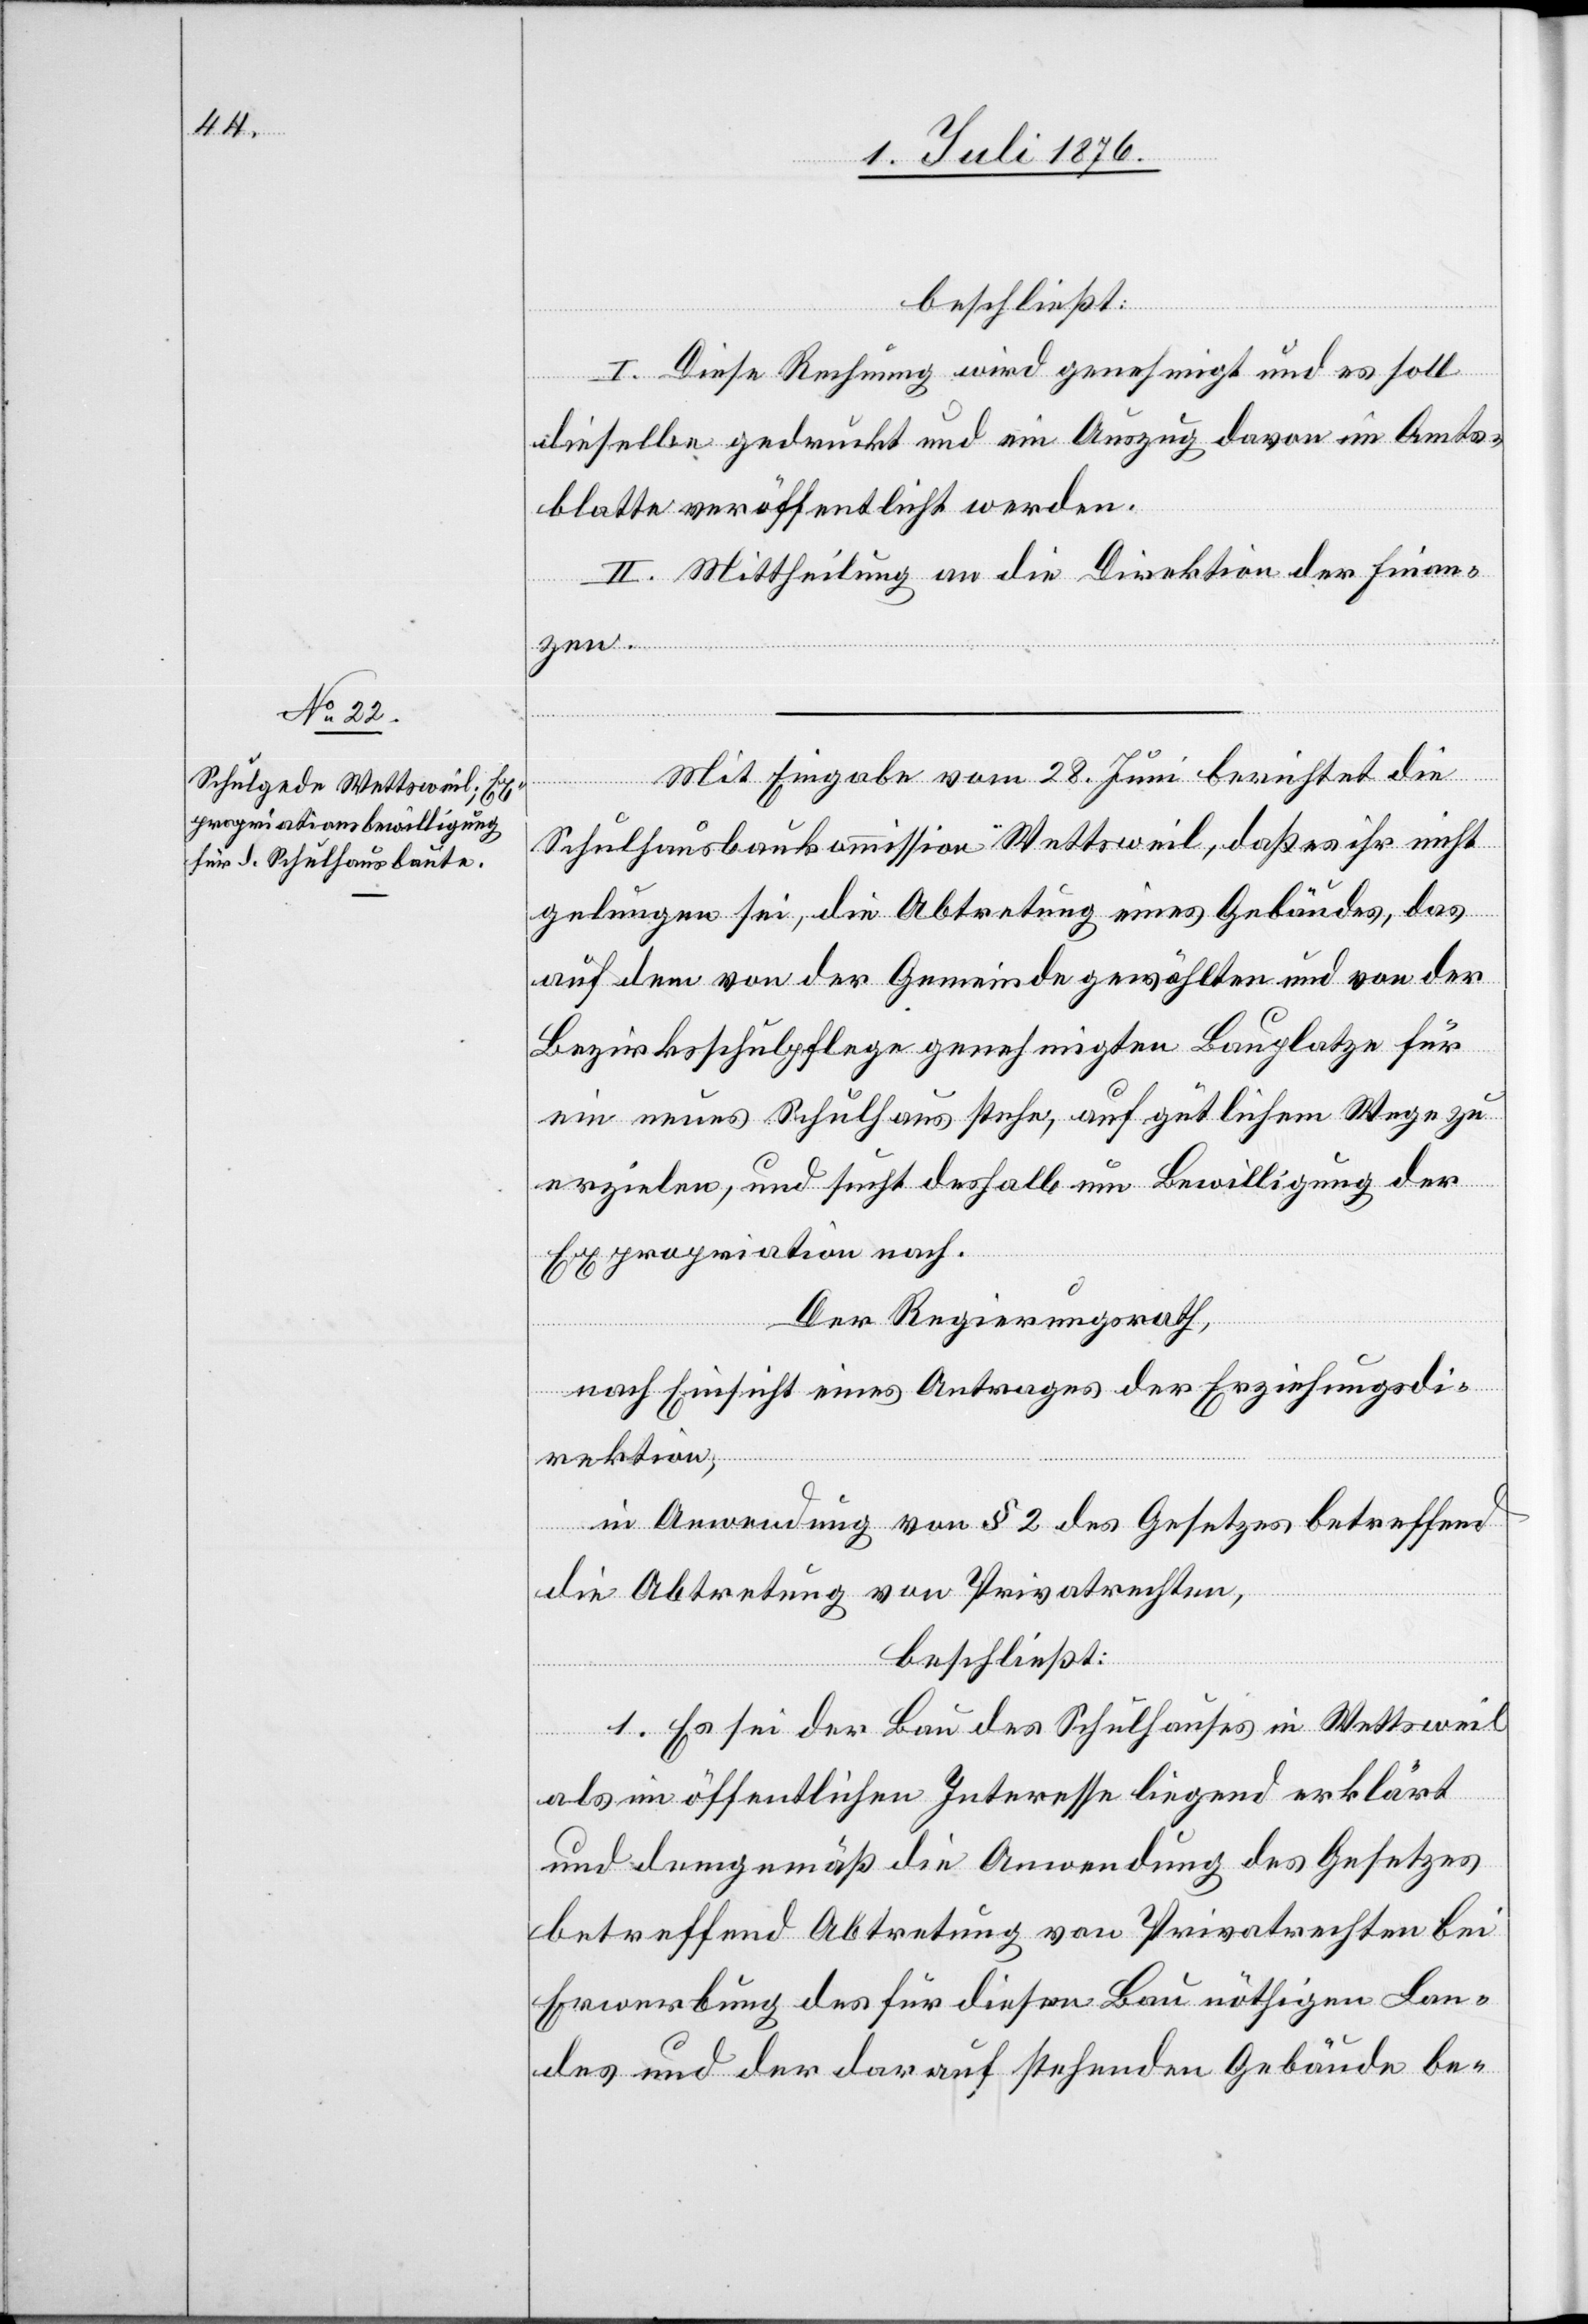
beschließt:
I. Diese Rechnung wird genehmigt und es soll
dieselbe gedruckt und ein Auszug davon im Amts¬
blatte veröffentlicht werden.
II. Mittheilung an die Direktion der Finan¬
zen.
Mit Eingabe vom 28. Juni berichtet die
Schulhausbaukommission Wettsweil, daß es ihr nicht
gelungen sei, die Abtretung eines Gebäudes, das
auf dem von der Gemeinde gewählten und von der
Bezirksschulpflege genehmigten Bauplatze für
ein neues Schulhaus stehe, auf gütlichem Wege zu
erzielen, und sucht deshalb um Bewilligung der
Expropriation nach.
Der Regierungsrath,
nach Einsicht eines Antrages der Erziehungsdi¬
rektion,
in Anordnung von § 2 des Gesetzes betreffend
die Abtretung von Privatrechten,
beschließt:
1. Es sei der Bau des Schulhauses in Wettsweil
als im öffentlichen Interesse liegend erklärt
und demgemäß die Anwendung des Gesetzes
betreffend Abtretung von Privatrechten bei
Erwerbung des für diesen Bau nöthigen Lan¬
des und der darauf stehenden Gebäude be-